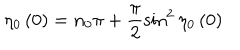
\eta _ { 0 } \left( 0 \right) = n _ { 0 } \pi + \frac { \pi } { 2 } \sin ^ { 2 } \eta _ { 0 } \left( 0 \right)